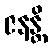
ဇနန္တိ